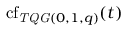
\operatorname { c f } _ { \mathit { T Q G } ( 0 , 1 , q ) } ( t )